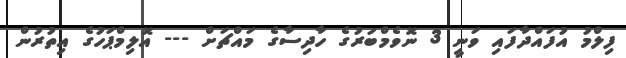
ފިލްމު އުފައްދާފައި ވަނީ 3 ނޮވެމްބަރުގެ ހާދިސާގެ މައްޗަށް --- އޮލިމްޕަހުގެ އިތުރުން